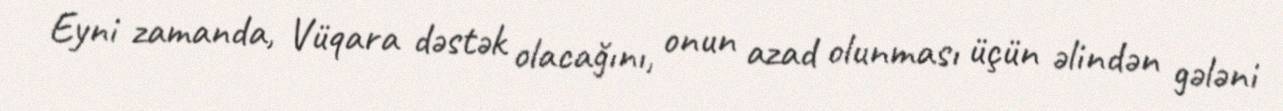
Eyni zamanda, Vüqara dəstək olacağını, onun azad olunması üçün əlindən gələni